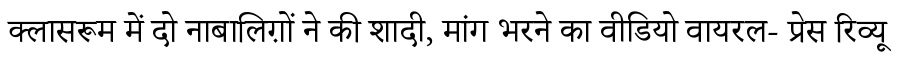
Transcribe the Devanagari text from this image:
क्लासरूम में दो नाबालिग़ों ने की शादी, मांग भरने का वीडियो वायरल- प्रेस रिव्यू